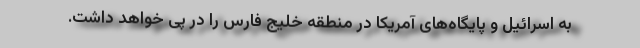
به اسرائیل و پایگاه‌های آمریکا در منطقه خلیج فارس را در پی خواهد داشت.